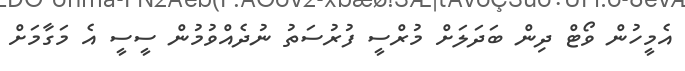
އެމީހުން ވޯޓް ދިން ބަދަލަށް މުރްސީ ފުރުސަތު ނުދެއްވުމުން ސީސީ އެ މަގާމަށް